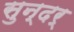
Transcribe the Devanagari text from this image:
सुन्दर्